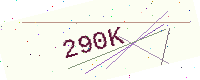
Text: 290K